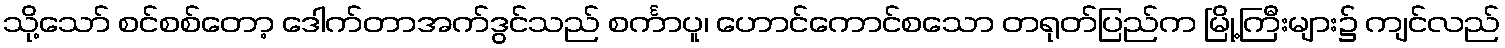
သို့သော် စင်စစ်တော့ ဒေါက်တာအက်ဒွင်သည် စင်္ကာပူ၊ ဟောင်ကောင်စသော တရုတ်ပြည်က မြို့ကြီးများ၌ ကျင်လည်